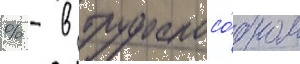
% - в трудоспосо́бном